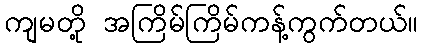
ကျမတို့ အကြိမ်ကြိမ်ကန့်ကွက်တယ်။